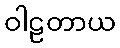
ဝါဠတာယ